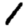
Digit: 1